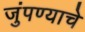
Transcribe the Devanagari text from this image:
जुंपण्याचे